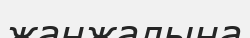
жанжалына